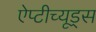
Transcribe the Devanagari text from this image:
ऐप्टीच्यूड्स